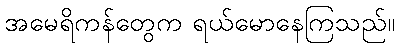
အမေရိကန်တွေက ရယ်မောနေကြသည်။